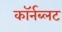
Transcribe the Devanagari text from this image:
कॉर्नब्लट